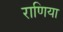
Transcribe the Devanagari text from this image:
राणिया